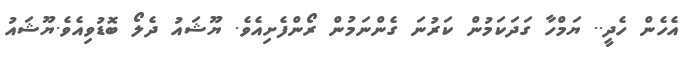
އެހެން ހެދީ.. ޔަމްހާ ގަދަކަމުން ކަރުނަ ގެންނަމުން ރޯންފެށިއެވެ. ޔޫޝައު ދެލޯ ބޮޑުވިއެވެ.ޔޫޝައު